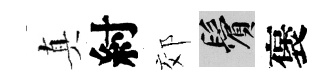
真紂郊鬢褒